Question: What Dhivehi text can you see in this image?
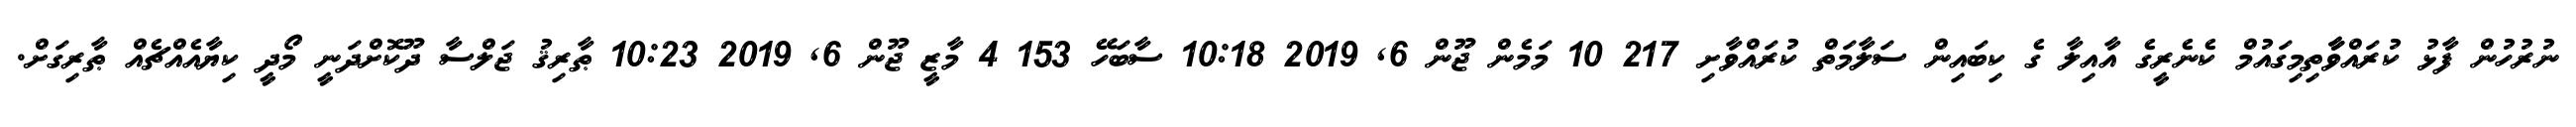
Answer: ނުރުހުން ފާޅު ކުރައްވާާތިމިގައުމް ކެނެރީގެ އާއިލާ ގެ ކިބައިން ސަލާމަތް ކުރައްވާށި 217 10 މަމެން ޖޫން 6, 2019 10:18 ސާބަހޭ 153 4 މާޒީ ޖޫން 6, 2019 10:23 ޠާރިޤު ޖަލްސާ ދޫކޮށްދަނީ މޯދީ ކިޔާއެއްޗެއް ޠާރިގަށް.